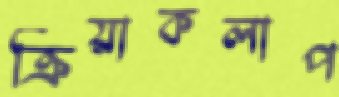
ক্রিয়াকলাপ